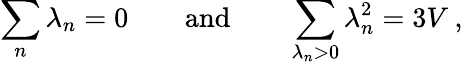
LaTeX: \sum_{n}\lambda_{n}=0\qquad\mathrm{and}\qquad\sum_{\lambda_{n}>0}\lambda_{n}^{2}=3V\: ,